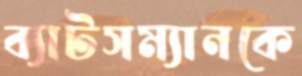
ব্যাটসম্যানকে